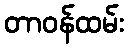
တာဝန်ထမ်း